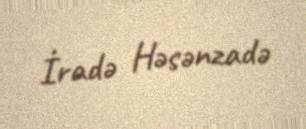
İradə Həsənzadə